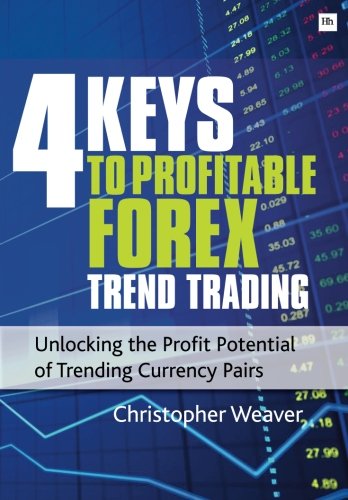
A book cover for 4 Keys to Profitable Forex Trend Trading: Unlocking the Profit Potential of Trending Currency Pairs; Christopher Weaver; Business & Money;